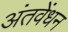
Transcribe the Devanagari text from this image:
अंतवेंधन